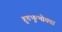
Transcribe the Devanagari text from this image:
हुतभुग्भोक्ता